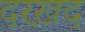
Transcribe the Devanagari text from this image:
दरख़द